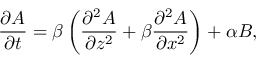
\frac { \partial A } { \partial t } = \beta \left( { \frac { \partial ^ { 2 } A } { \partial z ^ { 2 } } + \beta \frac { \partial ^ { 2 } A } { \partial x ^ { 2 } } } \right) + \alpha B ,